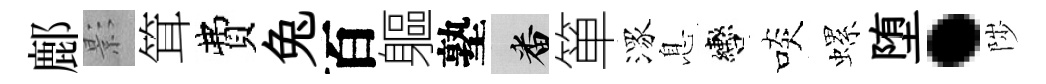
鄜影䇯費兔百軀塾番箪潈息轡啖螺堕·陟